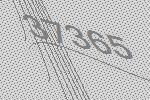
37365